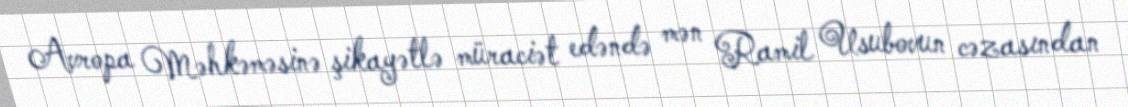
Avropa Məhkəməsinə şikayətlə müraciət edəndə mən Ramil Usubovun cəzasından